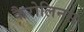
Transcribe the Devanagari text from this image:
कैरोलिनस